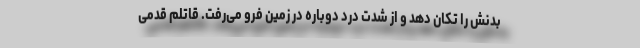
بدنش را تکان دهد و از شدت درد دوباره در زمین فرو می‌رفت. قاتلم قدمی